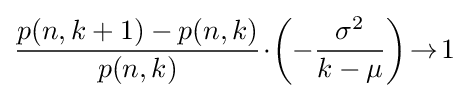
{\frac {p(n,k+1)-p(n,k)}{p(n,k)}}\!\cdot \!\left(-{\frac {\sigma ^{2}}{k-\mu }}\right)\!\to \!1